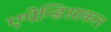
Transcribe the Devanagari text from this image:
एपेन्डिसाकल